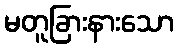
မတူခြားနားသော